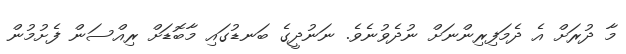
މާ ދުރަށް އެ ދެމަފިރިންނަށް ނުދެވުނެވެ. ނަނުދީގެ ބަނޑުގައި މާބޮޑަށް ރިއްސަން ފެށުމުން